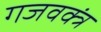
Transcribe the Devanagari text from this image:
गजवक्त्रं